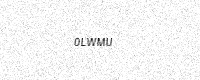
Text: 0LWMU